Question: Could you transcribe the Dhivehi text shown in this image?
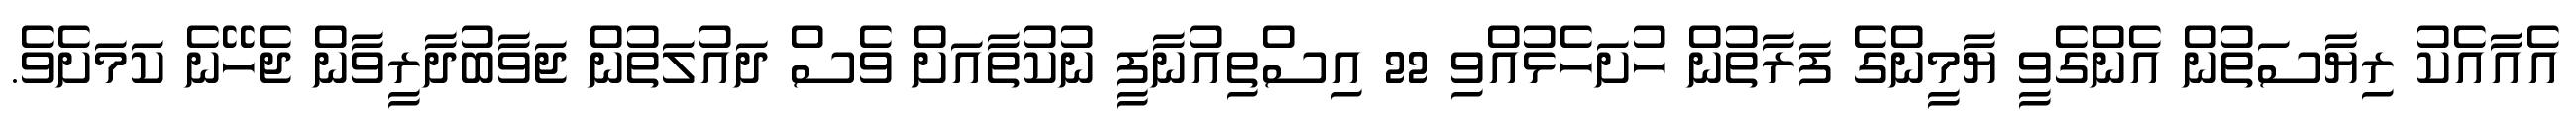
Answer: އެއާއެކު ރިޔާސަތުން އެންގެވީ ޔާމީންގެ ފަރާތުން ހުށަހެޅުއްވި 22 އިސްތިއުނާފީ ނުކުތާއަށް ވެސް ދައުލަތުން ޖަވާބުދާރީވާން ޖެހޭނެ ކަމަށެވެ.